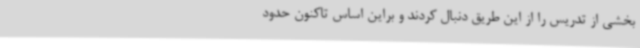
بخشی از تدریس را از این طریق دنبال کردند و براین اساس تاکنون حدود